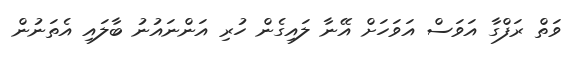
ވަތް ރަފްގާ އަވަސް އަވަހަށް އޭނާ ލައިގެން ހުރި އަންނައުނު ބާލައި އެތަނުން